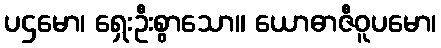
ပဌမော၊ ရှေးဦးစွာသော။ ယောဓာဇီဝူပမော၊